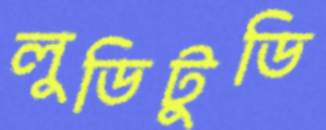
লুডিটুডি